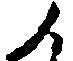
候